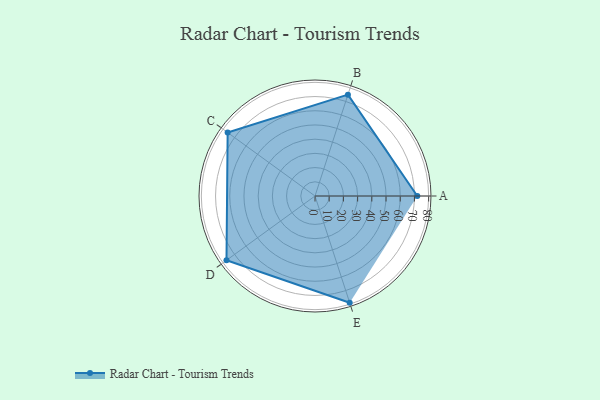
{"axis": {"x": "Skill", "y": "Score"}, "legend": ["Profile"], "data": [{"x": "A", "y": 72.0, "type": "Profile"}, {"x": "B", "y": 75.0, "type": "Profile"}, {"x": "C", "y": 76.0, "type": "Profile"}, {"x": "D", "y": 77.0, "type": "Profile"}, {"x": "E", "y": 79.0, "type": "Profile"}]}